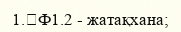
1.	Ф1.2 - жатақхана;